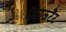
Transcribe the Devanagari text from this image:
एकाऊटैंट